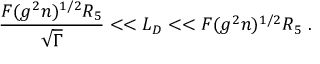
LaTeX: \frac { F ( g ^ { 2 } n ) ^ { 1 / 2 } R _ { 5 } } { \sqrt \Gamma } < < L _ { D } < < F ( g ^ { 2 } n ) ^ { 1 / 2 } R _ { 5 } \ .